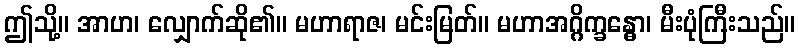
ဤသို့။ အာဟ၊ လျှောက်ဆို၏။ မဟာရာဇ၊ မင်းမြတ်။ မဟာအဂ္ဂိက္ခန္ဓော၊ မီးပုံကြီးသည်။